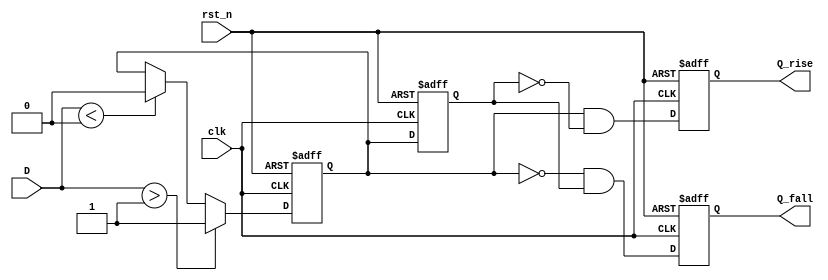
module SchmittTriggerEdgeDetector (
    input wire clk,       // Clock signal
    input wire rst_n,     // Active low reset signal
    input wire D,         // Noisy input signal
    output reg Q_rise,    // Rising edge output
    output reg Q_fall     // Falling edge output
);

    // Schmitt Trigger Hysteresis Thresholds
    // (Assuming values based on simulation or external specifications)
    parameter HIGH_THRESHOLD = 1'b1;  // Defined high threshold
    parameter LOW_THRESHOLD = 1'b0;    // Defined low threshold

    // Internal signals for Schmitt Trigger output
    reg D_clean;              // Cleaned output from Schmitt Trigger
    reg D_current;            // Current state of D
    reg D_previous;           // Previous state of D

    // Schmitt Trigger Logic
    always @* begin
        if (D > HIGH_THRESHOLD) begin
            D_clean = 1'b1; // Output high when above high threshold
        end else if (D < LOW_THRESHOLD) begin
            D_clean = 1'b0; // Output low when below low threshold
        end else begin
            D_clean = D_current; // Maintain last state
        end
    end

    // Flip-Flops to store current and previous states
    always @(posedge clk or negedge rst_n) begin
        if (!rst_n) begin
            D_current <= 1'b0;
            D_previous <= 1'b0;
            Q_rise <= 1'b0;
            Q_fall <= 1'b0;
        end else begin
            D_previous <= D_current; // Store previous state
            D_current <= D_clean;     // Update current state
            Q_rise <= (D_current && !D_previous); // Detect rising edge
            Q_fall <= (!D_current && D_previous); // Detect falling edge
        end
    end

endmodule